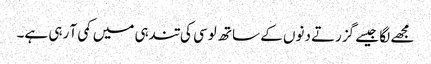
مجھے لگا جیسے گزرتے دنوں کے ساتھ لوسی کی تندہی میں کمی آ رہی ہے۔